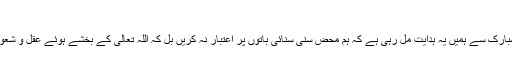
"(مسلم شریف جلد اول صفحہ ۸)
ہمارے آقا علیہ الصلاۃ والتسلیم کے اس فرمانِ مبارک سے ہمیں یہ ہدایت مل رہی ہے کہ ہم محض سنی سنائی باتوں پر اعتبار نہ کریں بل کہ اللہ تعالیٰ کے بخشے ہوئے عقل و شعور کااستعمال کرتے ہوئے اس کی تحقیق کریں ۔